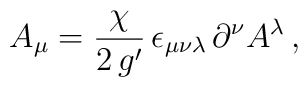
A_{\mu} = \frac{\chi}{2\,g^{\prime}}\,    \epsilon_{\mu\nu\lambda}\,\partial^{\nu}A^{\lambda}\,,